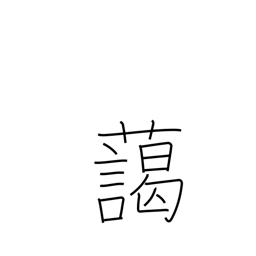
Meaning: harmonize